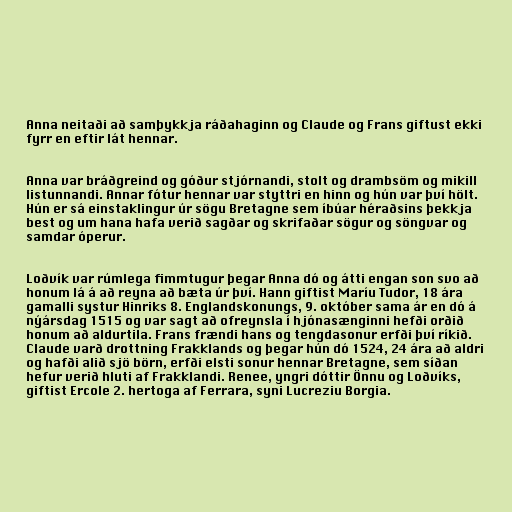
Anna neitaði að samþykkja ráðahaginn og Claude og Frans giftust ekki
fyrr en eftir lát hennar.

Anna var bráðgreind og góður stjórnandi, stolt og drambsöm og mikill
listunnandi. Annar fótur hennar var styttri en hinn og hún var því hölt.
Hún er sá einstaklingur úr sögu Bretagne sem íbúar héraðsins þekkja
best og um hana hafa verið sagðar og skrifaðar sögur og söngvar og
samdar óperur.

Loðvík var rúmlega fimmtugur þegar Anna dó og átti engan son svo að
honum lá á að reyna að bæta úr því. Hann giftist Maríu Tudor, 18 ára
gamalli systur Hinriks 8. Englandskonungs, 9. október sama ár en dó á
nýársdag 1515 og var sagt að ofreynsla í hjónasænginni hefði orðið
honum að aldurtila. Frans frændi hans og tengdasonur erfði því ríkið.
Claude varð drottning Frakklands og þegar hún dó 1524, 24 ára að aldri
og hafði alið sjö börn, erfði elsti sonur hennar Bretagne, sem síðan
hefur verið hluti af Frakklandi. Renee, yngri dóttir Önnu og Loðvíks,
giftist Ercole 2. hertoga af Ferrara, syni Lucreziu Borgia.